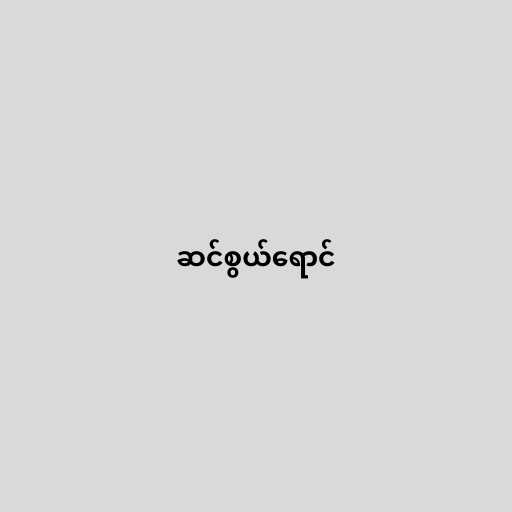
ဆင်စွယ်ရောင်